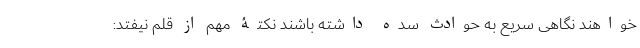
خواهند نگاهی سریع به حوادث سده داشته باشند نکتۀ مهم از قلم نیفتد: